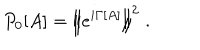
P _ { 0 } [ A ] = \left\Vert e ^ { i \Gamma [ A ] } \right\Vert ^ { 2 } \; .